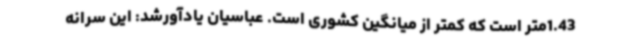
1.43متر است که کمتر از میانگین کشوری است. عباسیان یادآورشد: این سرانه